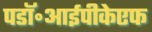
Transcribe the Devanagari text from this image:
पडॉ॰आईपीकेएफ